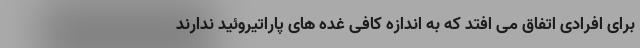
برای افرادی اتفاق می افتد که به اندازه کافی غده های پاراتیروئید ندارند